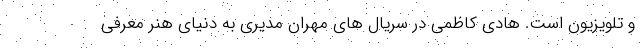
و تلویزیون است. هادی کاظمی در سریال های مهران مدیری به دنیای هنر معرفی